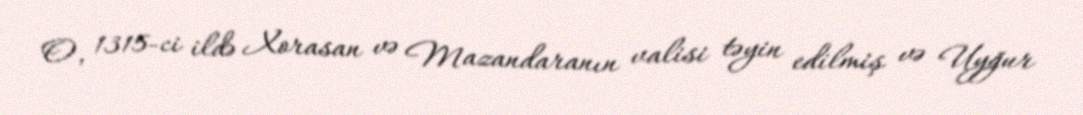
O, 1315-ci ildə Xorasan və Mazandaranın valisi təyin edilmiş və Uyğur